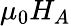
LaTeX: \mu_{0}H_{A}